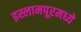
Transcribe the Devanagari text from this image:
इस्लामपूरमध्ये